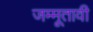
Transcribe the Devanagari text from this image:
जम्मूतावी